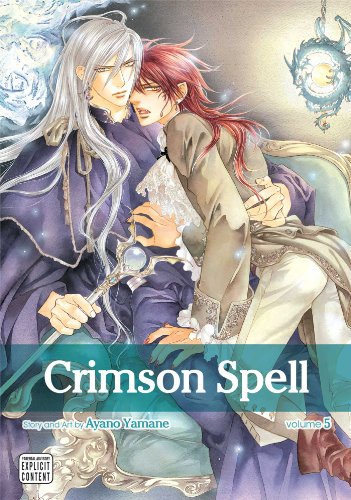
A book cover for Crimson Spell, Vol. 5; Ayano Yamane; Comics & Graphic Novels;